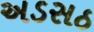
અડસઠ